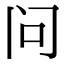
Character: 问